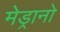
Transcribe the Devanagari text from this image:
मेड्रानो